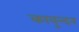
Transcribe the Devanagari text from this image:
कावुन्दन